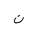
Letter: _non